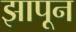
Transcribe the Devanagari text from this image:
झापून